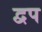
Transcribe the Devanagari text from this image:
द्वप